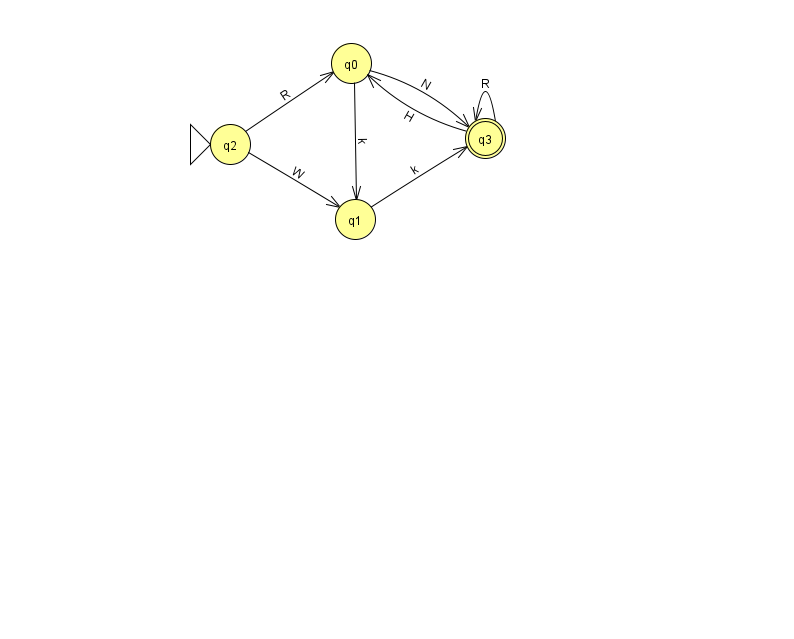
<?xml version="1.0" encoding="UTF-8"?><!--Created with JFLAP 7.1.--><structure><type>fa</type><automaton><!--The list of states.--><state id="0" name="q0"><x>351.0</x><y>50.0</y></state><state id="1" name="q1"><x>355.0</x><y>206.0</y></state><state id="2" name="q2"><x>230.0</x><y>131.0</y><initial/></state><state id="3" name="q3"><x>485.0</x><y>125.0</y><final/></state><!--The list of transitions.--><transition><from>3</from><to>3</to><read>R</read></transition><transition><from>2</from><to>0</to><read>R</read></transition><transition><from>2</from><to>1</to><read>W</read></transition><transition><from>0</from><to>3</to><read>N</read></transition><transition><from>1</from><to>3</to><read>k</read></transition><transition><from>3</from><to>0</to><read>H</read></transition><transition><from>0</from><to>1</to><read>k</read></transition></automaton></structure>